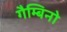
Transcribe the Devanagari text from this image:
गैम्बिनो